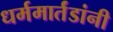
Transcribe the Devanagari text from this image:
धर्ममार्तंडांनी